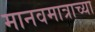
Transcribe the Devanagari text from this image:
मानवमात्राच्या